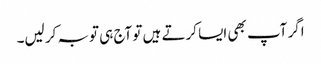
اگر آپ بھی ایسا کرتے ہیں تو آج ہی توبہ کر لیں۔